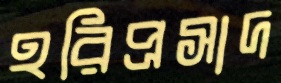
হরিপ্রসাদ